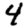
Digit: 4